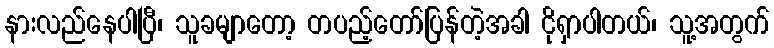
နားလည်နေပါပြီ၊ သူခမျာတော့ တပည့်တော်ပြန်တဲ့အခါ ငိုရှာပါတယ်၊ သူ့အတွက်